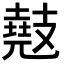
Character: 𫾤